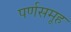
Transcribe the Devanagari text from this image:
पर्णसमूह